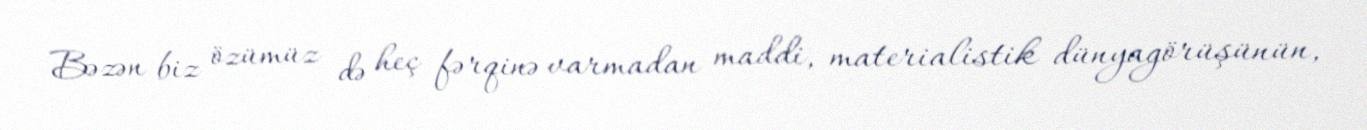
Bəzən biz özümüz də heç fərqinə varmadan maddi, materialistik dünyagörüşünün,